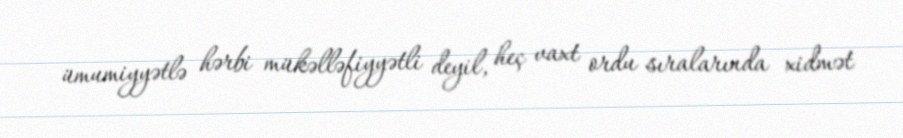
ümumiyyətlə hərbi mükəlləfiyyətli deyil, heç vaxt ordu sıralarında xidmət